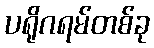
ပရိုဂရမ်တစ်ခု